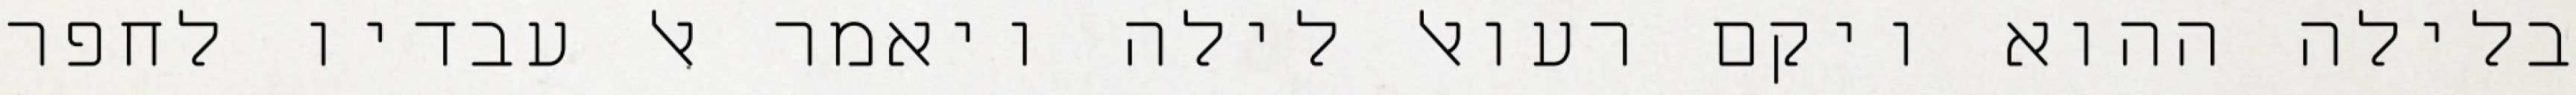
בלילה ההוא ויקם רעואל לילה ויאמר אל עבדיו לחפר